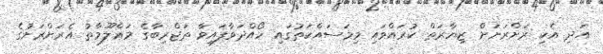
އަދި އެކި ރަށްރަށަށް ޒިޔާރަތް ކުރައްވައި މިމަސައްކަތުގައި ހޯއްދަވާފައިވާ ތަޖްރިބާގެ މަޢްލޫމާތު އެރަށްރަށުގެ